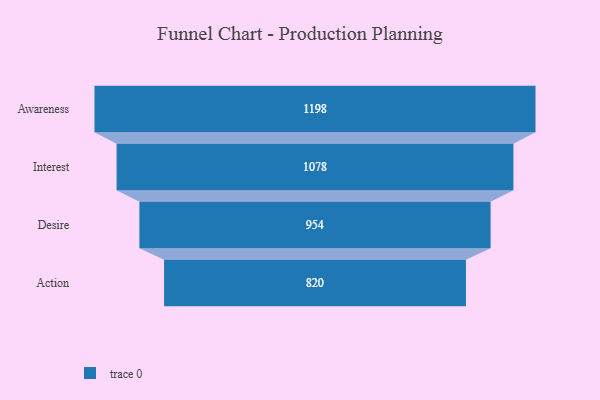
{"axis": {"x": "Stage", "y": "Value"}, "legend": [""], "data": [{"x": "Awareness", "y": 1198.0, "type": ""}, {"x": "Interest", "y": 1078.0, "type": ""}, {"x": "Desire", "y": 954.0, "type": ""}, {"x": "Action", "y": 820.0, "type": ""}]}